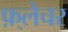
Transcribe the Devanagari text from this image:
फ़्लेचर